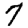
Digit: 7